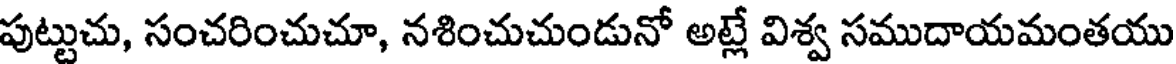
పుట్టుచు, సంచరించుచూ, నశించుచుండునో అట్లే విశ్వ సముదాయమంతయు